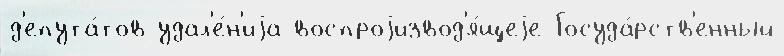
д'епута́тов удал'е́н'иjа воспроjизвод'я́щеjе Госуда́рств'енный